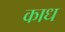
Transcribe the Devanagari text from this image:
काध